Report of the Indian Hemp Drugs Commission, 1894-1895 - Volume VI
Year: 1894
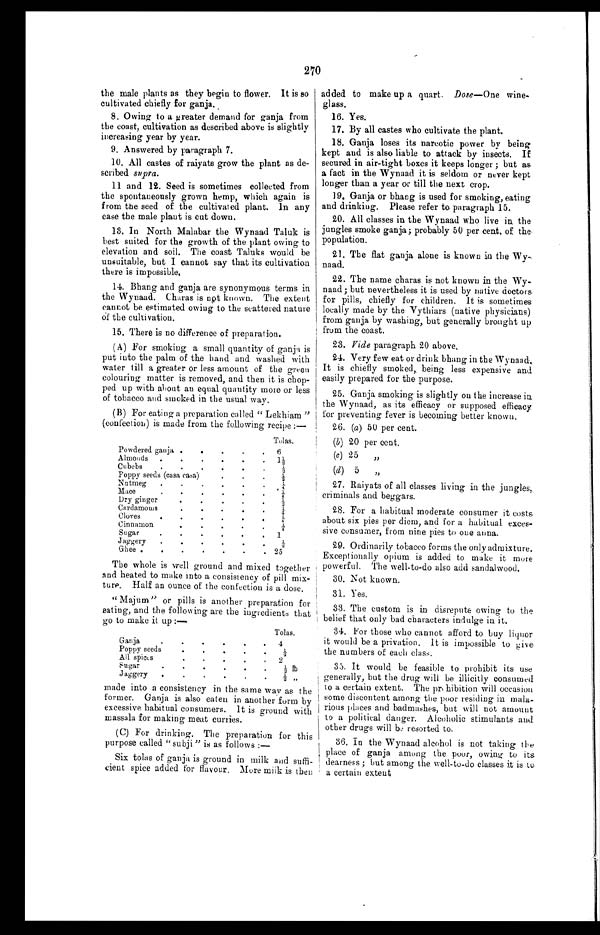
270
the male plants as they begin to flower. It is so
cultivated chiefly for ganja.
8. Owing to a greater demand for ganja from
the coast, cultivation as described above is slightly
increasing year by year.
9. Answered by paragraph 7.
10. All castes of raiyats grow the plant as de
-scribed. supra.
11 and 12. Seed is sometimes collected from
the spontaneously grown hemp, which again is
from the seed of the cultivated plant. In any
case the male plant is cut down.
13. In North Malabar the Wynaad Taluk is
best suited for the growth of the plant owing to
elevation and soil. The coast Taluks would be
unsuitable, but I cannot say that its cultivation
there is impossible.
14. Bhang and ganja are synonymous terms in
the Wynaad. Charas is not known. The extent
cannot be estimated owing to the scattered nature
of the cultivation.
15. There is no difference of preparation.
(A) For smoking a small quantity of ganja is
put into the palm of the hand and washed with
water till a greater or less amount of the green
colouring matter is removed, and then it is chop
- p e d u p w i t h a b o u t a n e q u a l q u a n t i t y m o r e o r l e s s
of tobacco and smoked in the usual way.
(B) For eating a preparation called "Lekhiam"
(confection) is made from the following recipe:—
Tolas.
Powdered ganja . . .
6
Almonds . . .
1 ½
Cubebs ...
½
Poppy seeds (casa casa) . . .
½
Nutmeg . . .
¼
Mace . . .
¼
Dry ginger . . .
½
Cardamoms . . .
¼
Cloves . . .
¼
Cinnamon . . .
¼
Sugar . . .
1
Jaggery . . .
½
Ghee . . .
25
The whole is well ground and mixed together
and heated to make into a consistency of pill mix
- t u r e . H a l f a n o u n c e o f t h e c o n f e c t i o n i s a d o s e .
"Majum" or pills is another preparation for
eating, and the following are the ingredients that
go to make it up:–
Tolas.
Ganja . . .
4
Poppy seeds . . .
½
All spices . . .
2
Sugar . . .
½ f b
J aggery . . .
½
"
made into a consistency in the same way as the
former. Ganja is also eaten in another form by
excessive habitual consumers. It is ground with
massala for making meat curries.
(C) For drinking. The preparation for this
purpose called "subji" is as follows:
—
Six tolas of ganja is ground in milk and suffi
-cient spice added for flavour, More milk is then
added to make up a quart. Dose—One wine
-glass.
16. Yes.
17. By all castes who cultivate the plant.
18. Ganja loses its narcotic power by being
kept and is also liable to attack by insects. If
secured in air-tight boxes it keeps longer; but as
a fact in the Wynaad it is seldom or never kept
longer than a year or till the next crop.
19. Ganja or bhang is used for smoking, eating
and drinking. Please refer to paragraph 15.
20. All classes in the Wynaad who live in the
jungles smoke ganja; probably 50 per cent. of the
population.
21. The flat ganja alone is known in the Wy
-naad.
22. The name charas is not known in the Wy
naad; but nevertheless it is used by native doctors
for pills, chiefly for children. It is sometimes
locally made by the Vythiars (native physicians)
from ganja by washing, but generally brought up
from the coast.
23. Vide paragraph 20 above.
24. Very few eat or drink bhang in the Wynaad.
It is chiefly smoked, being less expensive and
easily prepared for the purpose.
25. Ganja smoking is slightly on the increase in
the Wynaad, as its efficacy or supposed efficacy
for preventing fever is becoming better known.
26. (a) 50 per cent.
(b) 20 per cent.
(e) 25
"
(
d
) 5
"
27. Raiyats of all classes living in the jungles,
criminals and beggars.
28. For a habitual moderate consumer it costs
about six pies per diem, and for a habitual exces
- s i v e c o n s u m e r , f r o m n i n e p i e s t o o n e a n n a .
29. Ordinarily tobacco forms the only admixture.
Exceptionally opium is added to make it more
powerful. The well-to-do also add sandalwood.
30. Not known.
31. Yes.
33. The custom is in disrepute owing to the
belief that only bad characters indulge in it.
34. For those who cannot afford to buy liquor
it would be a privation. It is impossible to give
the numbers of each class.
35. It would be feasible to prohibit its use
generally, but the drug will be illicitly consumed
to a certain extent. The prohibition will occasion
some discontent among the poor residing in mala
- r i o u s p l a c e s a n d b a d m a s h e s , b u tw
i l ln
o t a m o u n t
to a political danger. Alcoholic stimulants and
other drugs will be resorted to.
36. In the Wynaad alcohol is not taking the
place of ganja among the poor, owing to its
dearness; but among the well-to-do classes it is to
a certain extent